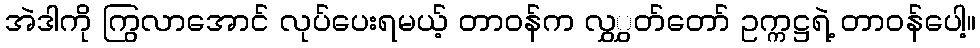
အဲဒါကို ကြွလာအောင် လုပ်ပေးရမယ့် တာဝန်က လွှွှတ်တော် ဥက္ကဋ္ဌရဲ့ တာဝန်ပေါ့။